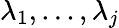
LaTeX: \lambda_{1},...,\lambda_{j}